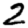
Digit: 2